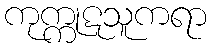
ကုက္ကုဋသူကရာ